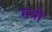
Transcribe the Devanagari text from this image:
मत्रों